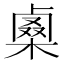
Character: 𠨇